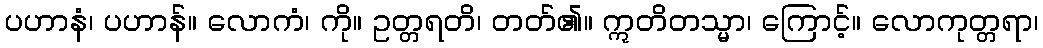
ပဟာနံ၊ ပဟာန်။ လောကံ၊ ကို။ ဥတ္တရတိ၊ တတ်၏။ ဣတိတသ္မာ၊ ကြောင့်။ လောကုတ္တရာ၊